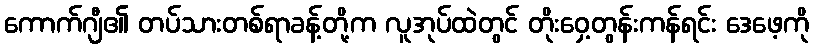
ကောက်ဂျီ၏ တပ်သားတစ်ရာခန့်တို့က လူအုပ်ထဲတွင် တိုးဝှေ့တွန်းကန်ရင်း ဒေဖေ့ကို